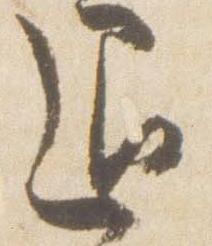
退